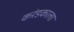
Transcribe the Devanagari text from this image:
करंडकाला